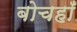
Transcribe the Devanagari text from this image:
बोचहाँ